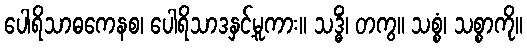
ပေါရိသာဓကေနစ၊ ပေါရိသာဒနှင့်မူကား။ သဒ္ဓိံ၊ တကွ။ သစ္စံ၊ သစ္စာကို။